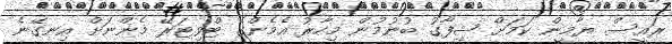
ރައީސް ޔާމީން ކަމަށް ޝިފާގު ބުނުމުން މިހާރު އެމެންގެ ޓްވިޓަރޭ މެންނަށް އިނގޭނެ